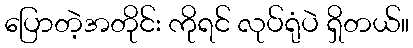
ပြောတဲ့အတိုင်း ကိုရင် လုပ်ရုံပဲ ရှိတယ်။